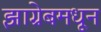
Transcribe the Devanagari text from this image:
झाग्रेबमधून